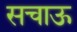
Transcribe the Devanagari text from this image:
सचाऊ